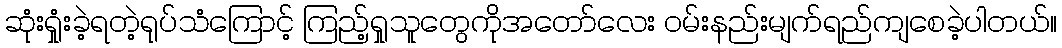
ဆုံးရှုံးခဲ့ရတဲ့ရုပ်သံကြောင့် ကြည့်ရှုသူတွေကိုအတော်လေး ဝမ်းနည်းမျက်ရည်ကျစေခဲ့ပါတယ်။